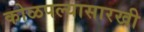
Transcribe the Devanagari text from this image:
कोळपल्यासारखी